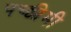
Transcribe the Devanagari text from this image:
पच्छीमी